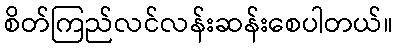
စိတ်ကြည်လင်လန်းဆန်းစေပါတယ်။